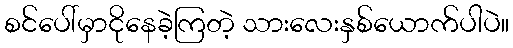
စင်ပေါ်မှာငိုနေခဲ့ကြတဲ့ သားလေးနှစ်ယောက်ပါပဲ။